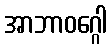
အာဘာဝဂ္ဂေါ